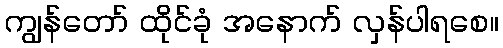
ကျွန်တော် ထိုင်ခုံ အနောက် လှန်ပါရစေ။